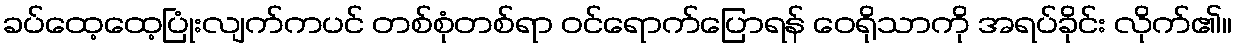
ခပ်ထေ့ထေ့ပြုံးလျက်ကပင် တစ်စုံတစ်ရာ ဝင်ရောက်ပြောရန် ဝေရိုသာကို အရပ်ခိုင်း လိုက်၏။